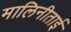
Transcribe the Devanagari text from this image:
मालिनीताई